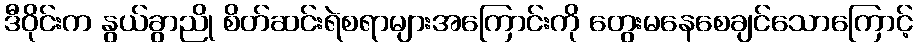
ဒီဝိုင်းက နွယ်ခွာညို စိတ်ဆင်းရဲစရာများအကြောင်းကို တွေးမနေစေချင်သောကြောင့်